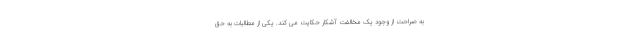
به صراحت از وجود یک مخالفت آشکار حکایت می کند. یکی از مطالبات به حق